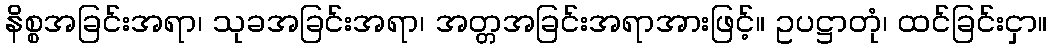
နိစ္စအခြင်းအရာ၊ သုခအခြင်းအရာ၊ အတ္တအခြင်းအရာအားဖြင့်။ ဥပဋ္ဌာတုံ၊ ထင်ခြင်းငှာ။